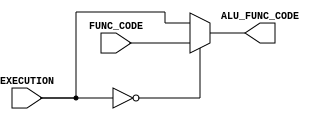
module ALUControl
#(parameter WIDTH = 4)
(
input [WIDTH - 1 : 0] FUNC_CODE, EXECUTION, 
output reg [WIDTH - 1 : 0] ALU_FUNC_CODE
);

	always@(*)
	begin
		if(EXECUTION == 4'b0000)	
			ALU_FUNC_CODE = FUNC_CODE;
		else
			ALU_FUNC_CODE = EXECUTION;
	end
endmodule